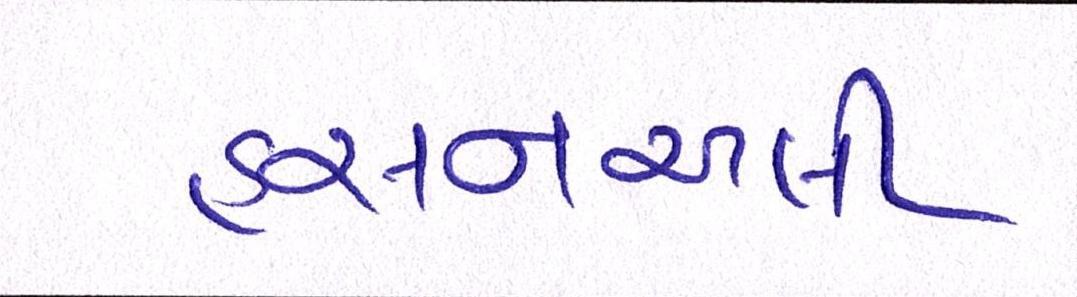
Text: હસનઅલી